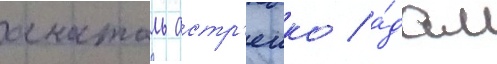
анатоль астр'еико / а́дам